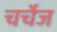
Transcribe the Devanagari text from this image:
चर्चेज